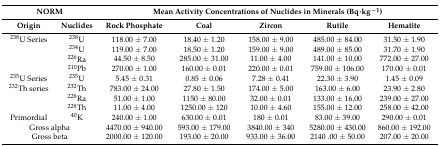
<table><thead><tr><td colspan="2"><b>NORM</b></td><td colspan="5"><b>Mean Activity Concentrations of Nuclides in Minerals (Bq·kg<sup>−1</sup>)</b></td></tr><tr><td><b>Origin</b></td><td><b>Nuclides</b></td><td><b>Rock Phosphate</b></td><td><b>Coal</b></td><td><b>Zircon</b></td><td><b>Rutile</b></td><td><b>Hematite</b></td></tr></thead><tbody><tr><td><sup>238</sup>U Series</td><td><sup>238</sup>U</td><td>118.00 ± 7.00</td><td>18.40 ± 1.20</td><td>158.00 ± 9.00</td><td>485.00 ± 84.00</td><td>31.50 ± 1.90</td></tr><tr><td></td><td><sup>234</sup>U</td><td>119.00 ± 7.00</td><td>18.50 ± 1.20</td><td>159.00 ± 9.00</td><td>489.00 ± 85.00</td><td>31.70 ± 1.90</td></tr><tr><td></td><td><sup>226</sup>Ra</td><td>44.50 ± 8.50</td><td>285.00 ± 31.00</td><td>11.00 ± 4.00</td><td>141.00 ± 10.00</td><td>772.00 ± 27.00</td></tr><tr><td></td><td><sup>210</sup>Pb</td><td>270.00 ± 1.00</td><td>160.00 ± 0.01</td><td>220.00 ± 0.01</td><td>759.00 ± 106.00</td><td>170.00 ± 0.01</td></tr><tr><td><sup>235</sup>U Series</td><td><sup>235</sup>U</td><td>5.45 ± 0.31</td><td>0.85 ± 0.06</td><td>7.28 ± 0.41</td><td>22.30 ± 3.90</td><td>1.45 ± 0.09</td></tr><tr><td><sup>232</sup>Th series</td><td><sup>232</sup>Th</td><td>783.00 ± 24.00</td><td>27.80 ± 1.50</td><td>174.00 ± 5.00</td><td>163.00 ± 6.00</td><td>23.90 ± 2.80</td></tr><tr><td></td><td><sup>228</sup>Ra</td><td>51.00 ± 1.00</td><td>1150 ± 80.00</td><td>32.00 ± 0.01</td><td>133.00 ± 16.00</td><td>239.00 ± 27.00</td></tr><tr><td></td><td><sup>228</sup>Th</td><td>11.00 ± 4.00</td><td>1250.00 ± 120</td><td>10.00 ± 4.60</td><td>155.00 ± 12.00</td><td>258.00 ± 42.00</td></tr><tr><td>Primordial</td><td><sup>40</sup>K</td><td>240.00 ± 1.00</td><td>630.00 ± 0.01</td><td>180 ± 0.01</td><td>83.00 ± 39.00</td><td>290.00 ± 0.01</td></tr><tr><td colspan="2">Gross alpha</td><td>4470.00 ± 940.00</td><td>593.00 ± 179.00</td><td>3840.00 ± 340</td><td>5280.00 ± 430.00</td><td>860.00 ± 192.00</td></tr><tr><td colspan="2">Gross beta</td><td>2000.00 ± 120.00</td><td>193.00 ± 20.00</td><td>933.00 ± 36.00</td><td>2140 .00 ± 50.00</td><td>207.00 ± 20.00</td></tr></tbody></table>